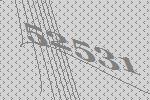
52531